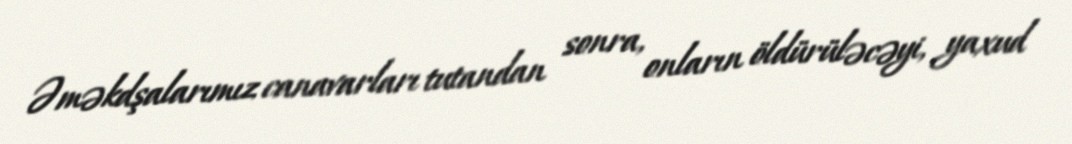
Əməkdşalarımız canavarları tutandan sonra, onların öldürüləcəyi, yaxud